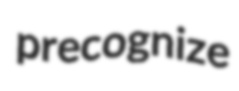
precognize